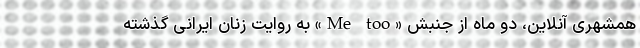
همشهری آنلاین، دو ماه از جنبش «Me too» به روایت زنان ایرانی گذشته